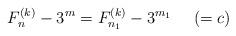
LaTeX: \begin{align*} F_n^{(k)} - 3^m = F_{n_1}^{(k)} - 3^{m_1}~~~~(=c)\end{align*}